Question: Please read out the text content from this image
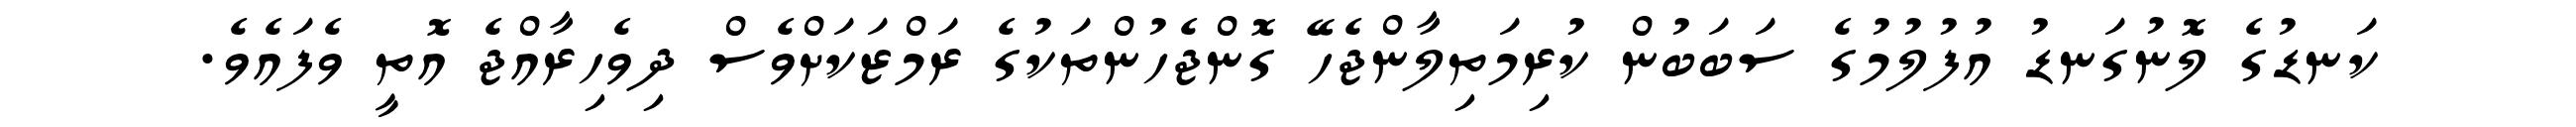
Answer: ކަނޑުގެ ލޮނުގަނޑު އުފުލުމުގެ ސަބަބުން ކުރިމަތިލާންޖެހޭ ގޮންޖެހުންތަކުގެ ރަމްޒަކަށްވެސް ދިވެހިރާއްޖެ އޮތީ ވެފައެވެ.